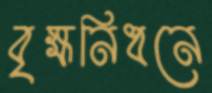
বৃক্ষনিধনে